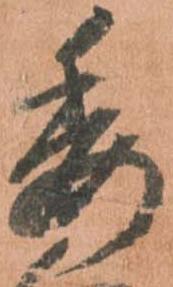
委